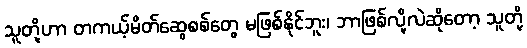
သူတို့ဟာ တကယ့်မိတ်ဆွေစစ်တွေ မဖြစ်နိုင်ဘူး၊ ဘာဖြစ်လို့လဲဆိုတော့ သူတို့